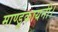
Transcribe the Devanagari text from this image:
माण्डूकायनी।